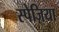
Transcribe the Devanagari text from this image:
स्पेज़िया